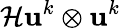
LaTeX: \mathcal{H}\mathbf{{u}}^{k}\otimes\mathbf{{u}}^{k}